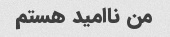
من ناامید هستم